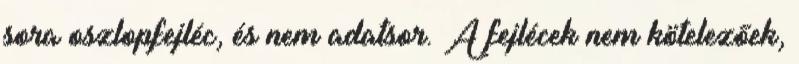
sora oszlopfejléc, és nem adatsor. A fejlécek nem kötelezőek,